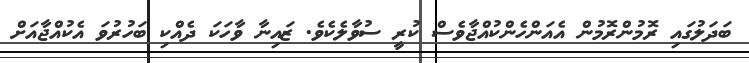
ބަދަލުގައި ރޮމުންރޮމުން އެއަންހެންކުއްޖާވެސް ކުރީ ސުވާލެކެވެ. ޒައިނާ ވާހަކަ ދެއްކި ބަހުރުވަ އެކުއްޖާއަށް